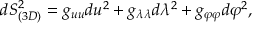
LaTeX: d S _ { ( 3 D ) } ^ { 2 } = g _ { u u } d u ^ { 2 } + g _ { \lambda \lambda } d \lambda ^ { 2 } + g _ { \varphi \varphi } d \varphi ^ { 2 } ,